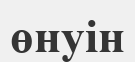
өнуін